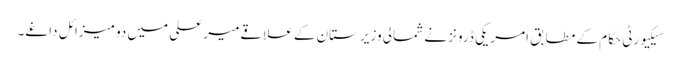
سیکیورٹی حکام کے مطابق امریکی ڈرونز نے شمالی وزیرستان کے علاقےمیر علی میں دو میزائل داغے۔